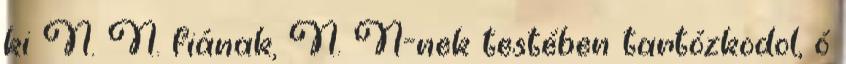
ki N. N. fiának, N. N-nek testében tartózkodol, ó